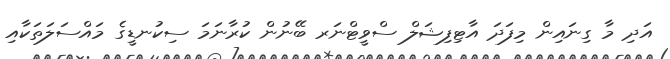
އަދި މާ ގިނައިން މިފަދަ އާޓިފިޝަލް ސްވީޓްނަރ ބޭނުން ކުރާނަމަ ސިކުނޑީގެ މައްސަލަތަކާއި